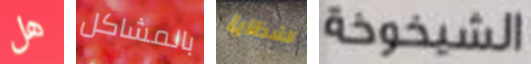
هل بالمشاكل الشظايا الشيخوخة